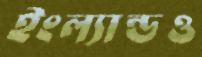
ইংল্যান্ডও